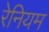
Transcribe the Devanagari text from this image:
रेनियम